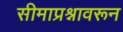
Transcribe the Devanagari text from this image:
सीमाप्रश्नावरून